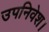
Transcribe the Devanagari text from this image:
उपनिवेश।